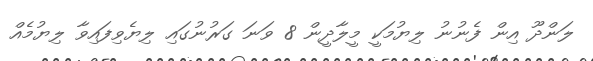
ލަންދޫ އިން ފެނުނު ލިޔުމަކީ މީލާދީން 8 ވަނަ ގަރުނުގައި ލިޔެވިފައިވާ ލިޔުމެއް